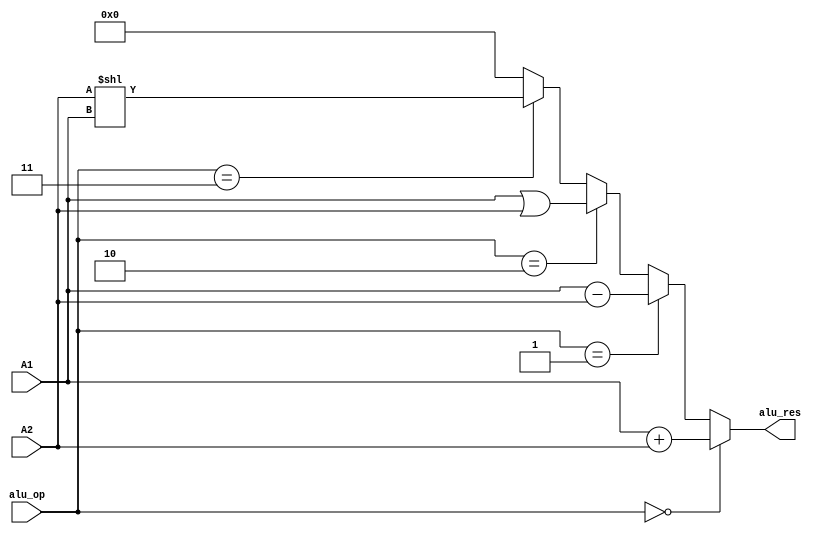
module ALU(
    input [31:0] A1, A2,
    input [2:0] alu_op,
    output [31:0] alu_res
);
    assign alu_res = (alu_op == 0) ? A1 + A2 :
                    (alu_op == 1) ? A1 - A2 :
                    (alu_op == 2) ? (A1 | A2) :
                    (alu_op == 3) ? (A2 << A1) : 0;

endmodule